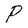
Character: P